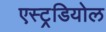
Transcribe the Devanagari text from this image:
एस्ट्रडियोल